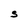
Character: S